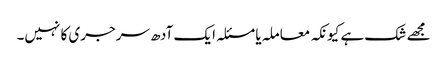
مجھے شک ہے کیونکہ معاملہ یا مسئلہ ایک آدھ سرجری کا نہیں۔